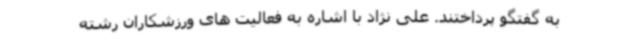
به گفتگو پرداختند. علی نژاد با اشاره به فعالیت های ورزشکاران رشته